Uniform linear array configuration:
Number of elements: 4
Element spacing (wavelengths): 0.75
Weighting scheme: uniform
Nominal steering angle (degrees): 45
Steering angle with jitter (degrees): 43.839
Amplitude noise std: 0.05
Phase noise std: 0.05

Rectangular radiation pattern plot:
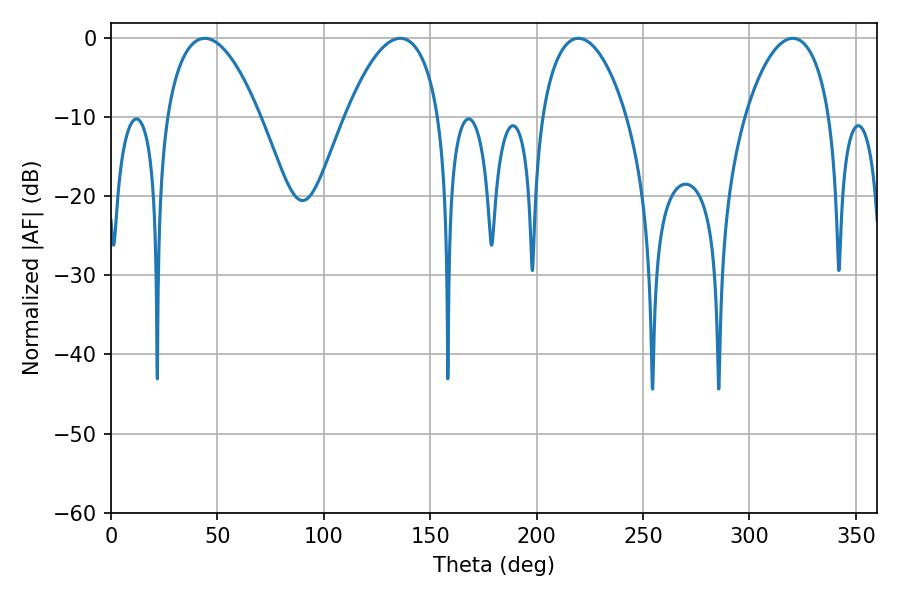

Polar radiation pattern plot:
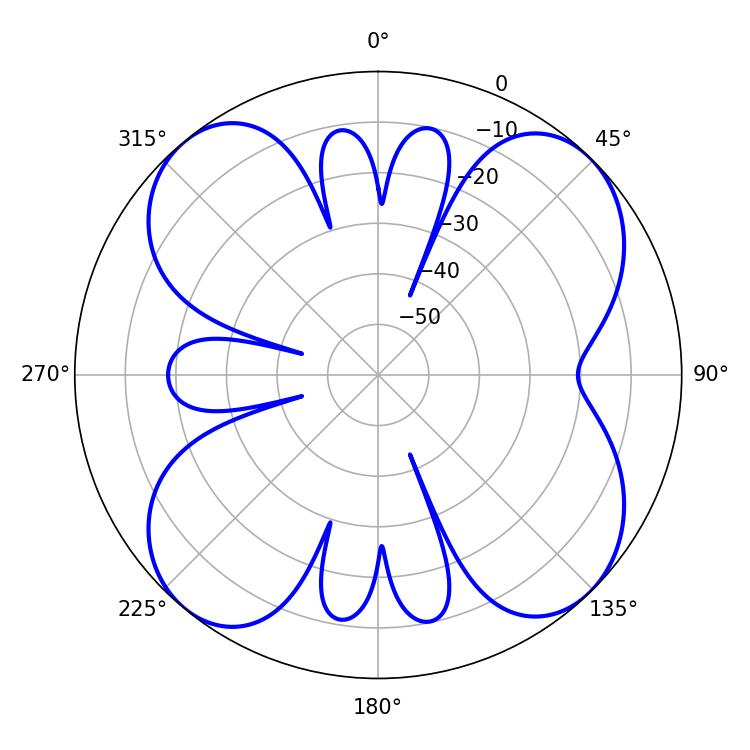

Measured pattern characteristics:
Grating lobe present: TRUE
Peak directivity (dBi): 12.411
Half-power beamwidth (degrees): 22.5
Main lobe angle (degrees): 219.6